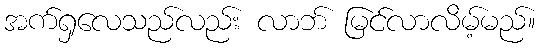
အက်ရှလေသည်လည်း လာဘ် မြင်လာလိမ့်မည်။